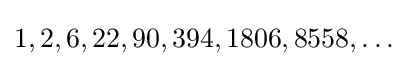
1,2,6,22,90,394,1806,8558,\ldots